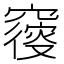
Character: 𥨝